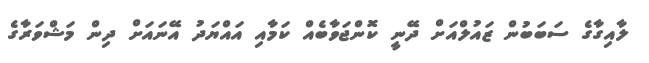
ލާއިގާގެ ސަބަބުން ޒައުލްއަށް ދޭނީ ކޮންޖަވާބެއް ކަމާއި އައްޔަދު އޭނައަށް ދިން މަޝްވަރާގެ